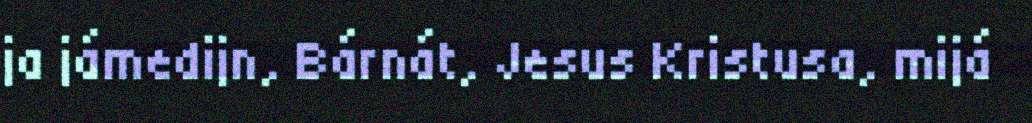
ja jámedijn, Bárnát, Jesus Kristusa, mijá